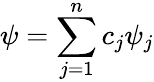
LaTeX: \psi=\sum_{j=1}^{n}c_{j}\psi_{j}